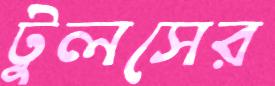
টুলসের